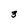
Character: 3